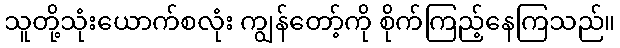
သူတို့သုံးယောက်စလုံး ကျွန်တော့်ကို စိုက်ကြည့်နေကြသည်။